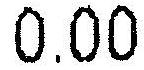
0.00